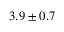
3 . 9 \pm 0 . 7